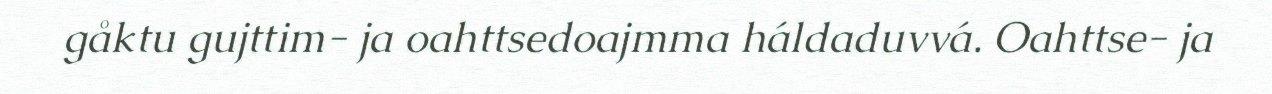
gåktu gujttim- ja oahttsedoajmma háldaduvvá. Oahttse- ja